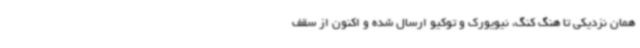
همان نزدیکی تا هنگ کنگ، نیویورک و توکیو ارسال شده و اکنون از سقف